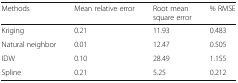
<table><thead><tr><td><b>Methods</b></td><td><b>Mean relative error</b></td><td><b>Root mean square error</b></td><td><b>% RMSE</b></td></tr></thead><tbody><tr><td>Kriging</td><td>0.21</td><td>11.93</td><td>0.483</td></tr><tr><td>Natural neighbor</td><td>0.01</td><td>12.47</td><td>0.505</td></tr><tr><td>IDW</td><td>0.10</td><td>28.49</td><td>1.155</td></tr><tr><td>Spline</td><td>0.21</td><td>5.25</td><td>0.212</td></tr></tbody></table>